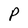
Character: P